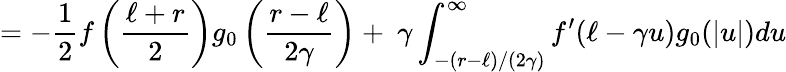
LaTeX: =-\frac{1}{2}f\left(\frac{\ell+r}{2}\right)g_{0}\left(\frac{r-\ell}{2\gamma}\right)+~\gamma\int_{-(r-\ell)/(2\gamma)}^{\infty}f^{\prime}(\ell-\gamma u)g_{0}(|u|)du